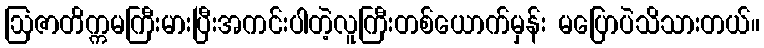
ဩဇာတိက္ကမကြီးမားပြီးအကင်းပါတဲ့လူကြီးတစ်ယောက်မှန်း မပြောပဲသိသားတယ်။